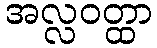
အလ္လဝတ္ထာ